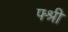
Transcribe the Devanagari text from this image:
फ्श्री